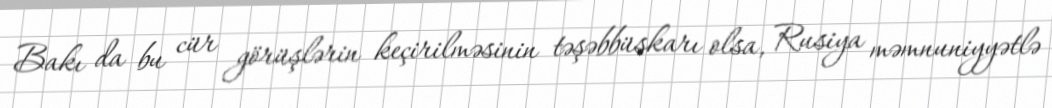
Bakı da bu cür görüşlərin keçirilməsinin təşəbbüskarı olsa, Rusiya məmnuniyyətlə